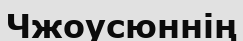
Чжоусюннің